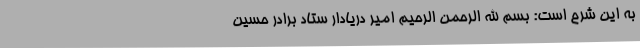
به این شرح است: بسم الله الرحمن الرحیم امیر دریادار ستاد برادر حسین